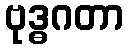
ဗုဒ္ဓဂတာ